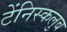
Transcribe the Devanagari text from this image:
टेंनिस्कलुब